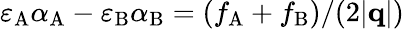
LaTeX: \varepsilon_{\mathrm{A}}\alpha_{\mathrm{A}}-\varepsilon_{\mathrm{B}}\alpha_{\mathrm{B}}=(f_{\mathrm{A}}+f_{\mathrm{B}})/(2|\mathbf{q}|)